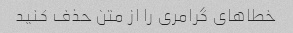
خطاهای گرامری را از متن حذف کنید